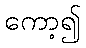
ကော့၍